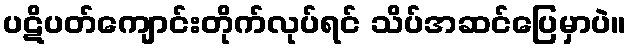
ပဋိပတ်ကျောင်းတိုက်လုပ်ရင် သိပ်အဆင်ပြေမှာပဲ။